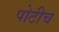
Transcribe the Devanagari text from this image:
पोटीच